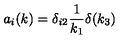
a _ { i } ( k ) = \delta _ { i 2 } \frac { 1 } { k _ { 1 } } \delta ( k _ { 3 } )